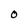
Character: O